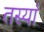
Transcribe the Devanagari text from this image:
तस्यां